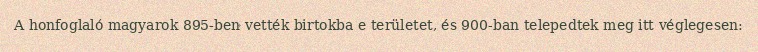
A honfoglaló magyarok 895-ben vették birtokba e területet, és 900-ban telepedtek meg itt véglegesen: